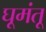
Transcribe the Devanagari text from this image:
घूमंतू